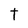
Character: T